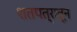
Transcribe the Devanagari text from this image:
शतपत्रातून